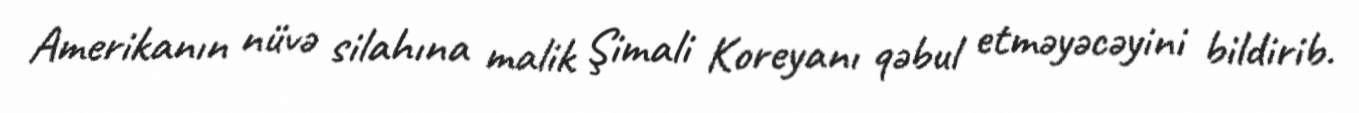
Amerikanın nüvə silahına malik Şimali Koreyanı qəbul etməyəcəyini bildirib.